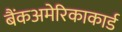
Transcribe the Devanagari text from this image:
बैंकअमेरिकाकार्ड